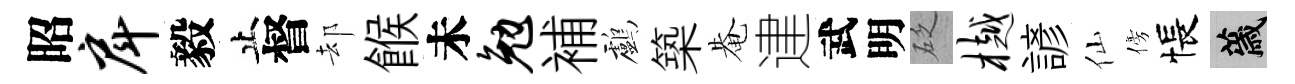
昭戽毅止督却餱未勉補鸕築𤲅䢖武明砭樾諺仙傍悵薉